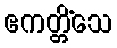
ဧကတ္တိံသေ